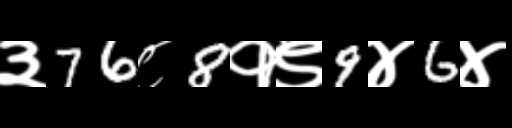
Text: ३76८8१९9४6४